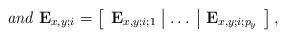
LaTeX: \begin{align*}\textit{and } \bold{E}_{x,y;i}=\left[\begin{array}{c|c|c}\bold{E}_{x,y;i;1} & \dots & \bold{E}_{x,y;i;p_y}\end{array}\right], \end{align*}